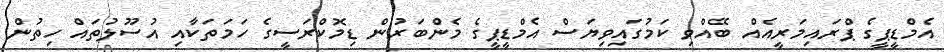
އެމްޑީޕީގެ ޕްރައިމަރީއެއް ބޭއްވި ކަމުގައިވިޔަސް އެމްޑީޕީގެ މެންބަރުން ޑިމޮކްރަސީގެ ހަމަތަކާއި އުސޫލުތައް ހިތުން